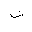
Letter: _shin